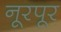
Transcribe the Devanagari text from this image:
नूरपूर